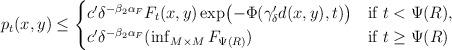
LaTeX: \begin{align*}p_{t}(x,y)\leq\begin{cases}c'\delta^{-\beta_{2}\alpha_{F}}F_{t}(x,y)\exp\bigl(-\Phi(\gamma'_{\delta}d(x,y),t)\bigr) &\textrm{if }t<\Psi(R),\\c'\delta^{-\beta_{2}\alpha_{F}}(\inf_{M\times M}F_{\Psi(R)}) &\textrm{if }t\geq\Psi(R)\end{cases}\end{align*}